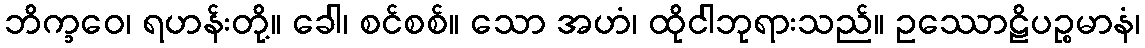
ဘိက္ခဝေ၊ ရဟန်းတို့။ ခေါ၊ စင်စစ်။ သော အဟံ၊ ထိုငါဘုရားသည်။ ဥဿောဠိပဉ္စမာနံ၊